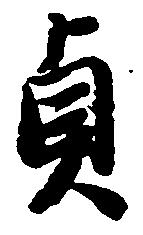
貞